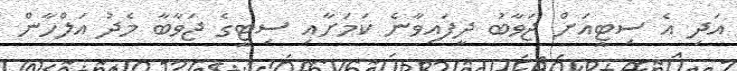
އަދި އެ ސިޓީއަށް ޖަވާބު ދީފައިވާނެ ކަމަށާއި ސިޓީގެ ޖަވާބާ މެދު އަލްހާން